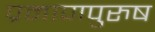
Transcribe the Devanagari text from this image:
प्रमाणपुरुष